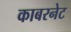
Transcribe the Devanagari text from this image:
काबरनेट